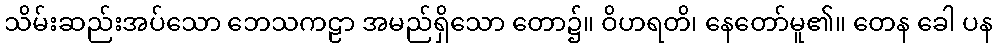
သိမ်းဆည်းအပ်သော ဘေသကဠာ အမည်ရှိသော တော၌။ ဝိဟရတိ၊ နေတော်မူ၏။ တေန ခေါ ပန